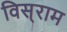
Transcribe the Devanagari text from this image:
विस्‌राम